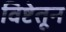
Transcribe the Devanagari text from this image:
विष्टेतून